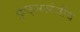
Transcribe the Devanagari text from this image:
कुड्मसंजीव